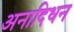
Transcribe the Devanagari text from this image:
अनादिधन